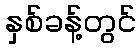
နှစ်ခန့်တွင်